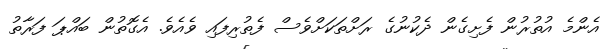
އެންމެ އުތުރުން ފެށިގެން ދެކުނުގެ ރަށްތަކަށްވެސް ފެތުރިފައި ވެއެވެ. އެގޮތުން ބައްޕަ ފަރާތު